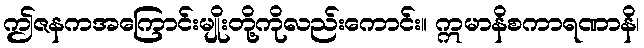
ဤဇနကအကြောင်းမျိုးတို့ကိုလည်းကောင်း။ ဣမာနိစကာရဏာနိ၊